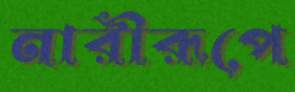
নারীরূপে